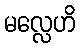
မလ္လေဟိ